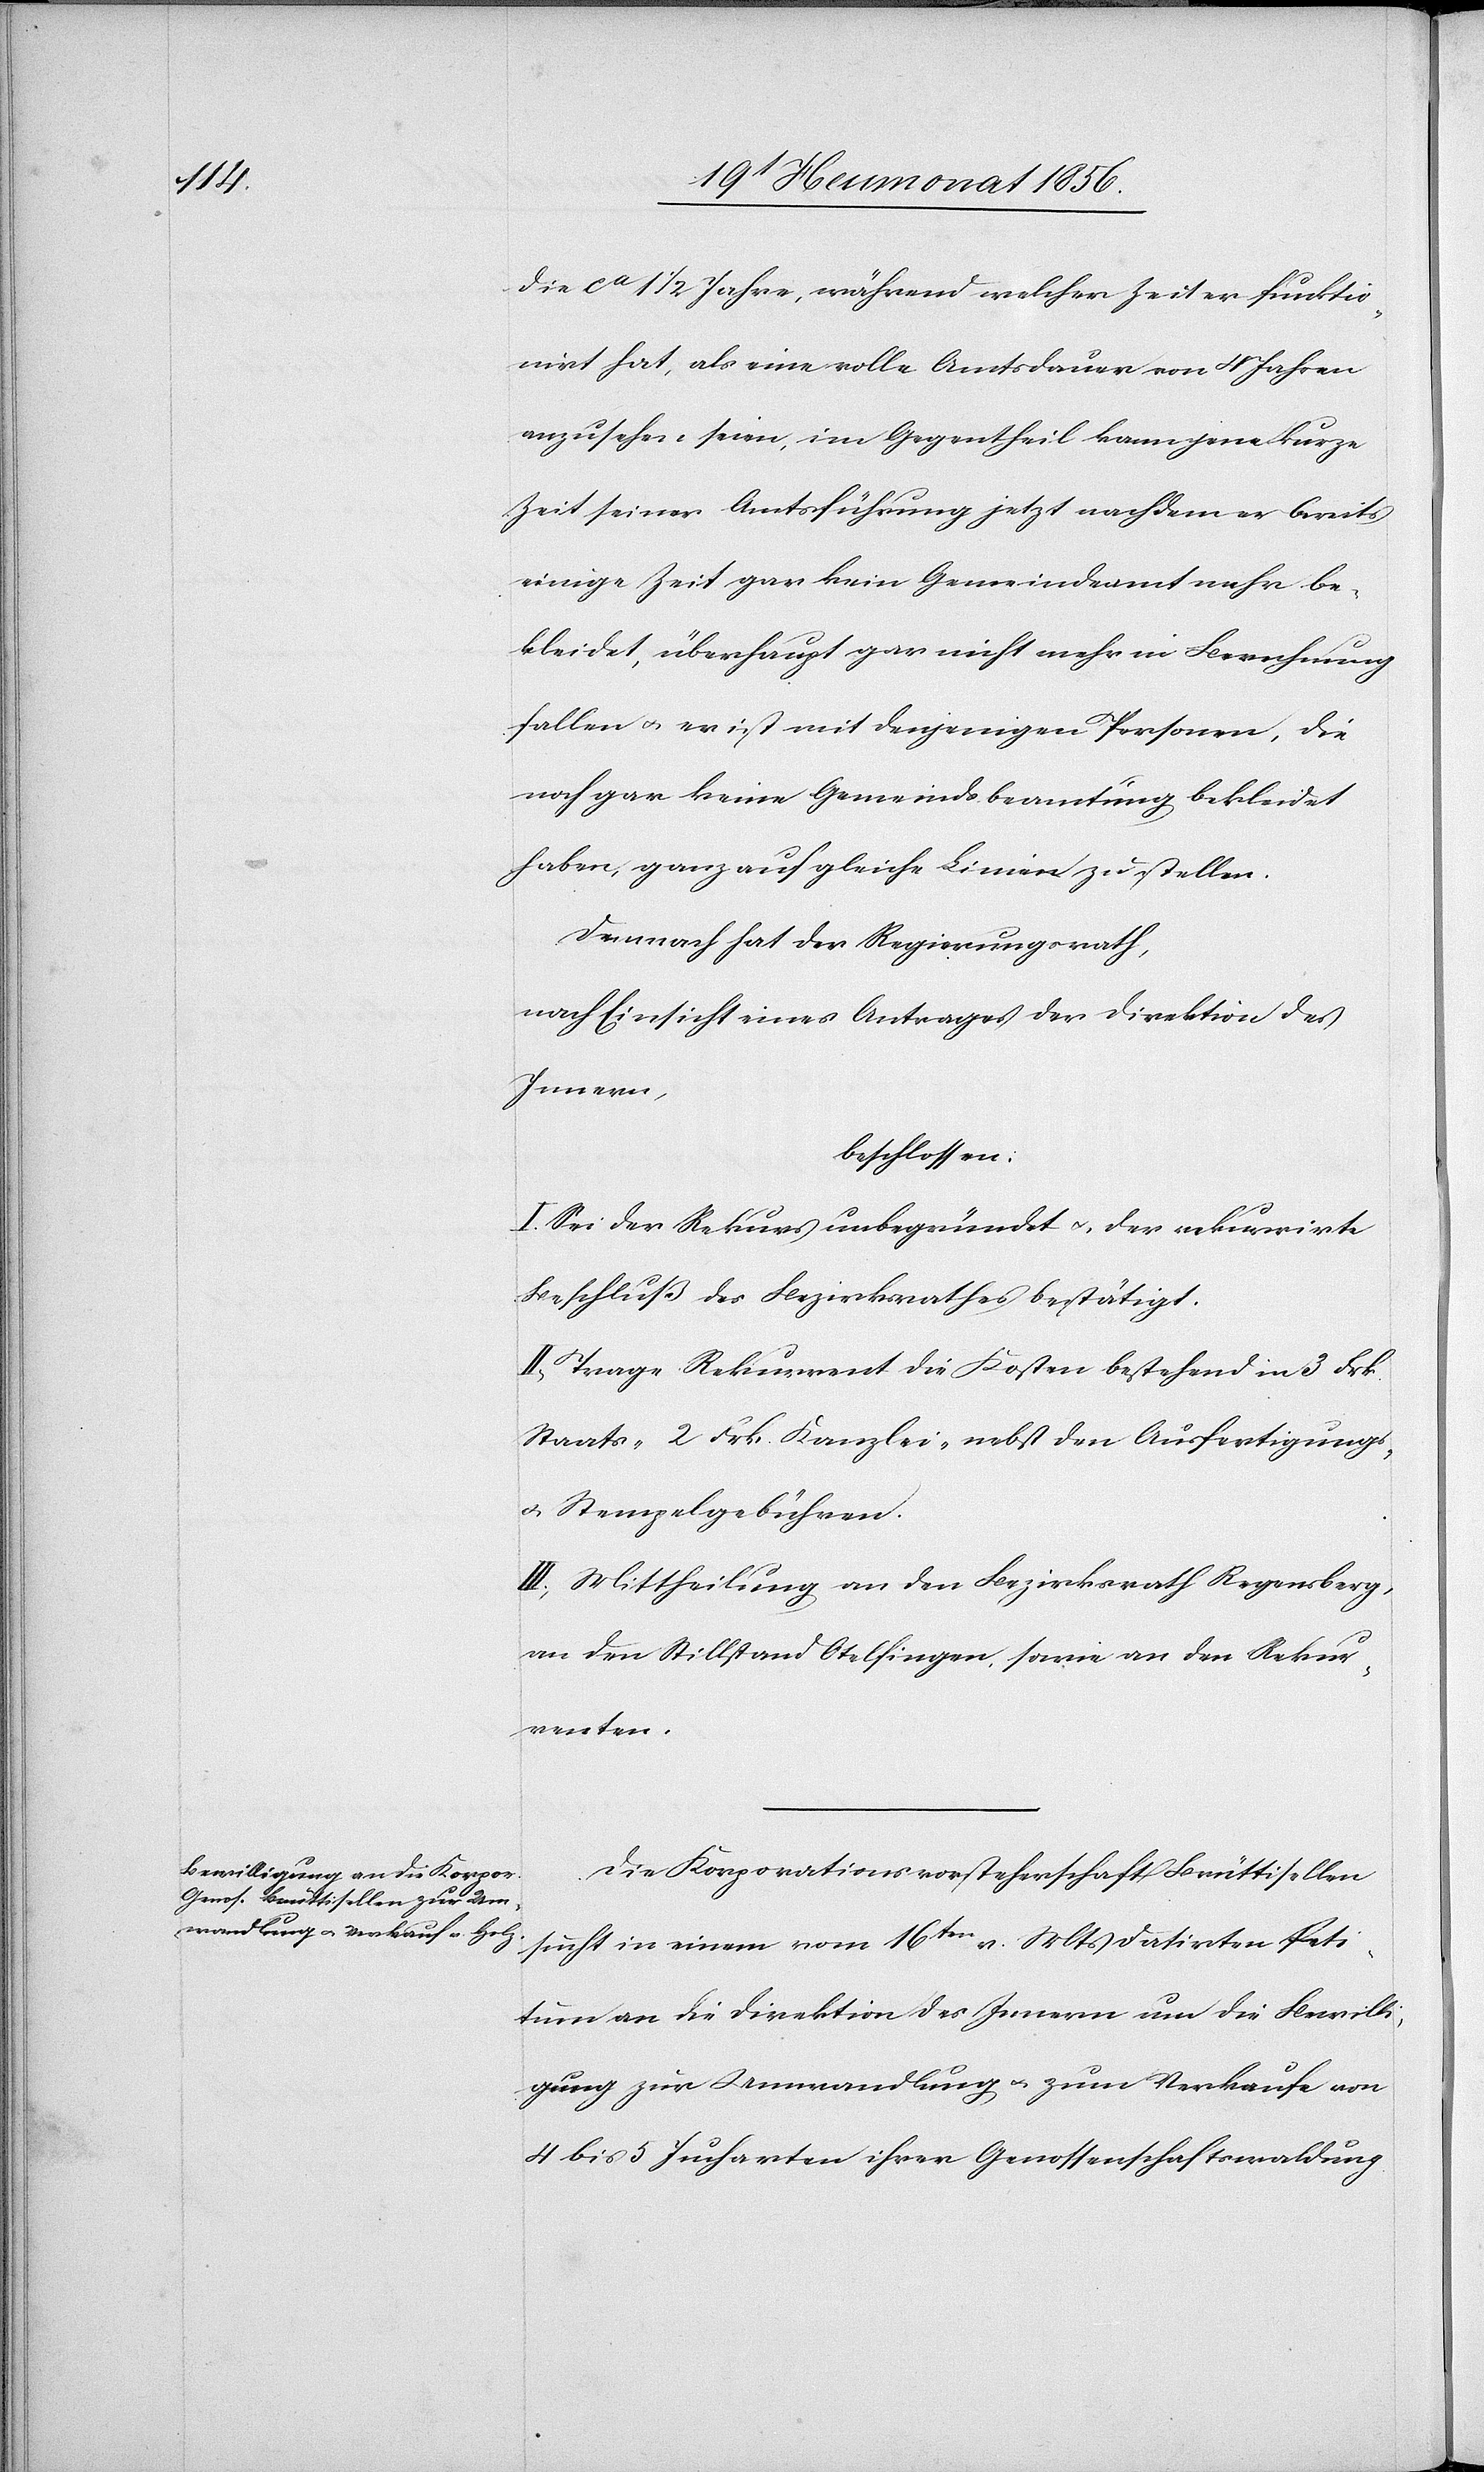
die ca 1 1/2 Jahre, während welcher Zeit er funktio¬
nirt hat, als eine volle Amtsdauer von 4 Jahren
anzusehen seien, im Gegentheil kann jene kurze
Zeit seiner Amtsführung jetzt nachdem er bereits
einige Zeit gar kein Gemeindeamt mehr be¬
kleidet, überhaupt gar nicht mehr in Berechnung
fallen u. er ist mit denjenigen Personen, die
noch gar keine Gemeindsbeamtung bekleidet
haben, ganz auf gleiche Linie zu stellen.
Demnach hat der Regierungsrath,
nach Einsicht eines Antrages der Direktion des
Innern,
beschlossen:
I.) Sei der Rekurs unbegründet u. der rekurrirte
Beschluß des Bezirksrathes bestätigt.
II.) Trage Rekurrent die Kosten bestehend in 3 Frk.
Staats-[,] 2 Frk. Kanzlei- nebst den Ausfertigungs-
u. Stempelgebühren.
III.) Mittheilung an den Bezirksrath Regensberg,
an den Stillstand Otelfingen, sowie an den Rekur¬
renten.
Die Korporationsvorsteherschaft Brüttisellen
sucht in einem vom 16ten v. Mts datirten Peti¬
tum an die Direktion des Innern um die Bewilli¬
gung zur Umwandlung u. zum Verkaufe von
4 bis 5 Jucharten ihrer Genossenschaftswaldung